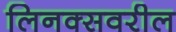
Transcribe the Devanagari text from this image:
लिनक्सवरील